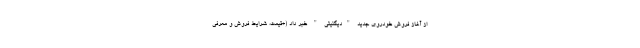
از آغاز فروش خودروی جدید "دیگنیتی " خبر داد (+قیمت، شرایط فروش و معرفی